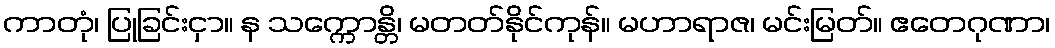
ကာတုံ၊ ပြုခြင်းငှာ။ န သက္ကောန္တိ၊ မတတ်နိုင်ကုန်။ မဟာရာဇ၊ မင်းမြတ်။ ဧတေဂုဏာ၊